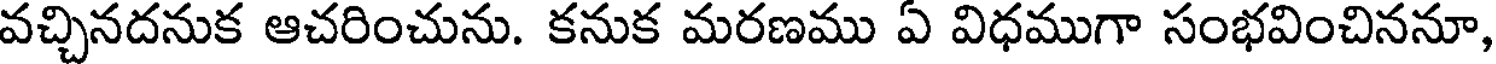
వచ్చినదనుక ఆచరించును. కనుక మరణము ఏ విధముగా సంభవించిననూ,